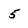
Character: 5